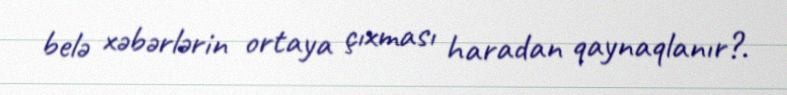
belə xəbərlərin ortaya çıxması haradan qaynaqlanır?.